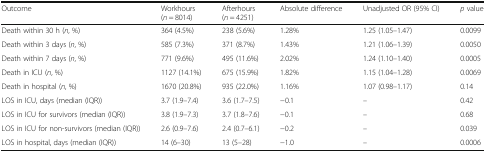
| Outcome | Workhours(n = 8014) | Afterhours(n = 4251) | Absolute difference | Unadjusted OR (95% CI) | p value |
 | --- | --- | --- | --- | --- | --- |
 | Death within 30 h (n, %) | 364 (4.5%) | 238 (5.6%) | 1.28% | 1.25 (1.05–1.47) | 0.0099 |
 | Death within 3 days (n, %) | 585 (7.3%) | 371 (8.7%) | 1.43% | 1.21 (1.06–1.39) | 0.0050 |
 | Death within 7 days (n, %) | 771 (9.6%) | 495 (11.6%) | 2.02% | 1.24 (1.10–1.40) | 0.0005 |
 | Death in ICU (n, %) | 1127 (14.1%) | 675 (15.9%) | 1.82% | 1.15 (1.04–1.28) | 0.0069 |
 | Death in hospital (n, %) | 1670 (20.8%) | 935 (22.0%) | 1.16% | 1.07 (0.98–1.17) | 0.14 |
 | LOS in ICU, days (median (IQR)) | 3.7 (1.9–7.4) | 3.6 (1.7–7.5) | −0.1 | – | 0.42 |
 | LOS in ICU for survivors (median (IQR)) | 3.8 (1.9–7.3) | 3.7 (1.8–7.6) | −0.1 | – | 0.68 |
 | LOS in ICU for non-survivors (median (IQR)) | 2.6 (0.9–7.6) | 2.4 (0.7–6.1) | −0.2 | – | 0.039 |
 | LOS in hospital, days (median (IQR)) | 14 (6–30) | 13 (5–28) | −1.0 | – | 0.0006 |